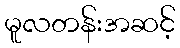
မူလတန်းအဆင့်